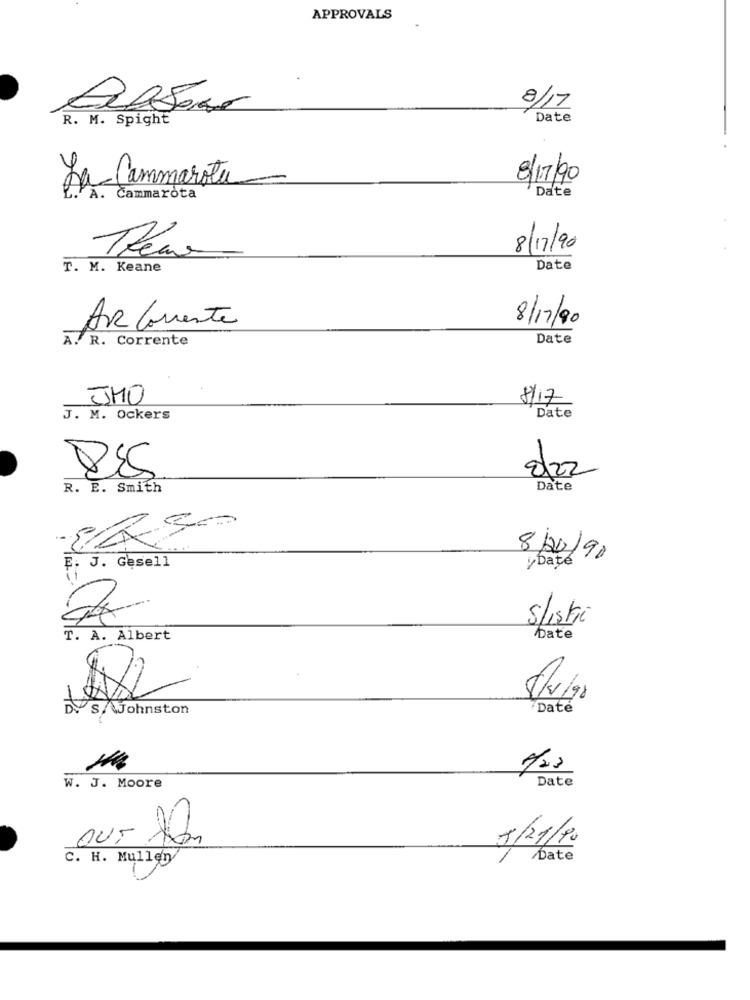
APPROVALS
.
8/17
R. M. Spight
Date
8/17/90
La Cammarota
Date
A. Cammarota
8/17/90
Thea
T. M. Keane
Date
8/17/90
AR Corrente
A. R. Corrente
Date
JMO
8/17
J. M. Ockers
Date
022
R. E. Smith
Date
8/20/90
yDate
J. Gesell
5/istri
T. A. Albert
Date
5/5/98
S/ WJohnston
Daté
Date
W. J. Moore
OUT
8/21/90
C. H. Mullen
Date